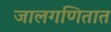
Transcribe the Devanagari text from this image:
जालगणितात